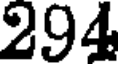
294